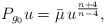
LaTeX: \begin{align*} P_{g_0} u = \bar{\mu} \, u^{\frac{n+4}{n-4}},\end{align*}